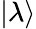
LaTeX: |\lambda\rangle